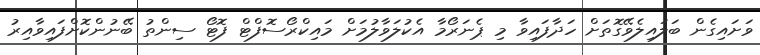
ވަށައިގެން ބަލައިލެވޭގޮތަށް ހަދާފައިވާ މި ޕެނަރޯމާ އެކުލަވާލުމަށް މައިކްރޯސޮފްޓް ފޮޓޯ ސިންތު ބޭނުންކޮށްފައިވާއިރު